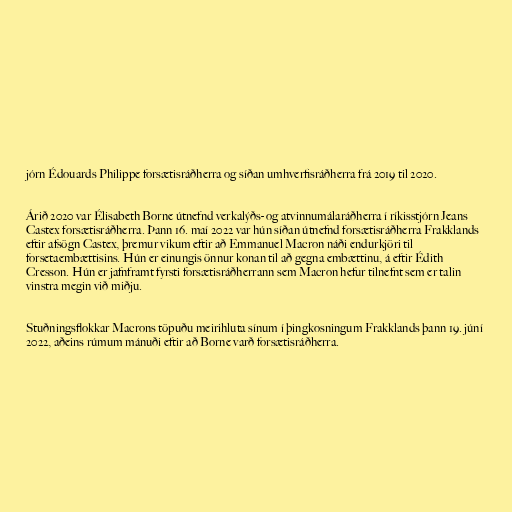
jórn Édouards Philippe forsætisráðherra og síðan umhverfisráðherra frá 2019 til 2020.

Árið 2020 var Élisabeth Borne útnefnd verkalýðs- og atvinnumálaráðherra í ríkisstjórn Jeans
Castex forsætisráðherra. Þann 16. maí 2022 var hún síðan útnefnd forsætisráðherra Frakklands
eftir afsögn Castex, þremur vikum eftir að Emmanuel Macron náði endurkjöri til
forsetaembættisins. Hún er einungis önnur konan til að gegna embættinu, á eftir Édith
Cresson. Hún er jafnframt fyrsti forsætisráðherrann sem Macron hefur tilnefnt sem er talin
vinstra megin við miðju.

Stuðningsflokkar Macrons töpuðu meirihluta sínum í þingkosningum Frakklands þann 19. júní
2022, aðeins rúmum mánuði eftir að Borne varð forsætisráðherra.